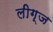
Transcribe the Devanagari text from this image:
लीग्ज